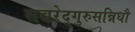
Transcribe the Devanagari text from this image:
सच्चरेद्गुरुसन्निधौ